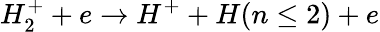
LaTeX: H_{2}^{+}+e\rightarrow H^{+}+H(n\leq 2)+e